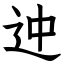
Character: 迚